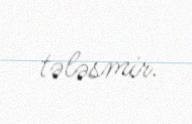
tələsmir.